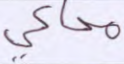
محاكى